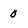
Character: 0